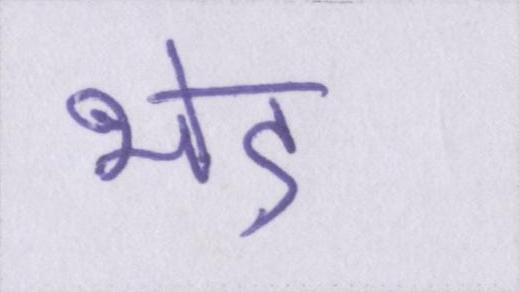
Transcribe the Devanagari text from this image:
भेड़